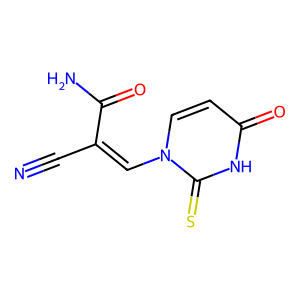
SMILES: N#CC(=Cn1ccc(=O)[nH]c1=S)C(N)=O
Inhibits HIV replication: No